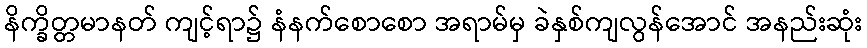
နိက္ခိတ္တမာနတ် ကျင့်ရာ၌ နံနက်စောစော အရာမ်မှ ခဲနှစ်ကျလွန်အောင် အနည်းဆုံး